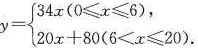
$$\begin{cases} (34x(0 \leqslant 6), \\\\ y=20x+80(6<x \leqslant 20) \end{cases}$$ 。